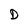
Character: D